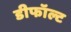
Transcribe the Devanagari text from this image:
डीफॉल्ट